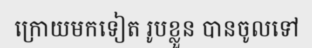
ក្រោយមកទៀត រូបខ្លួន បានចូលទៅ